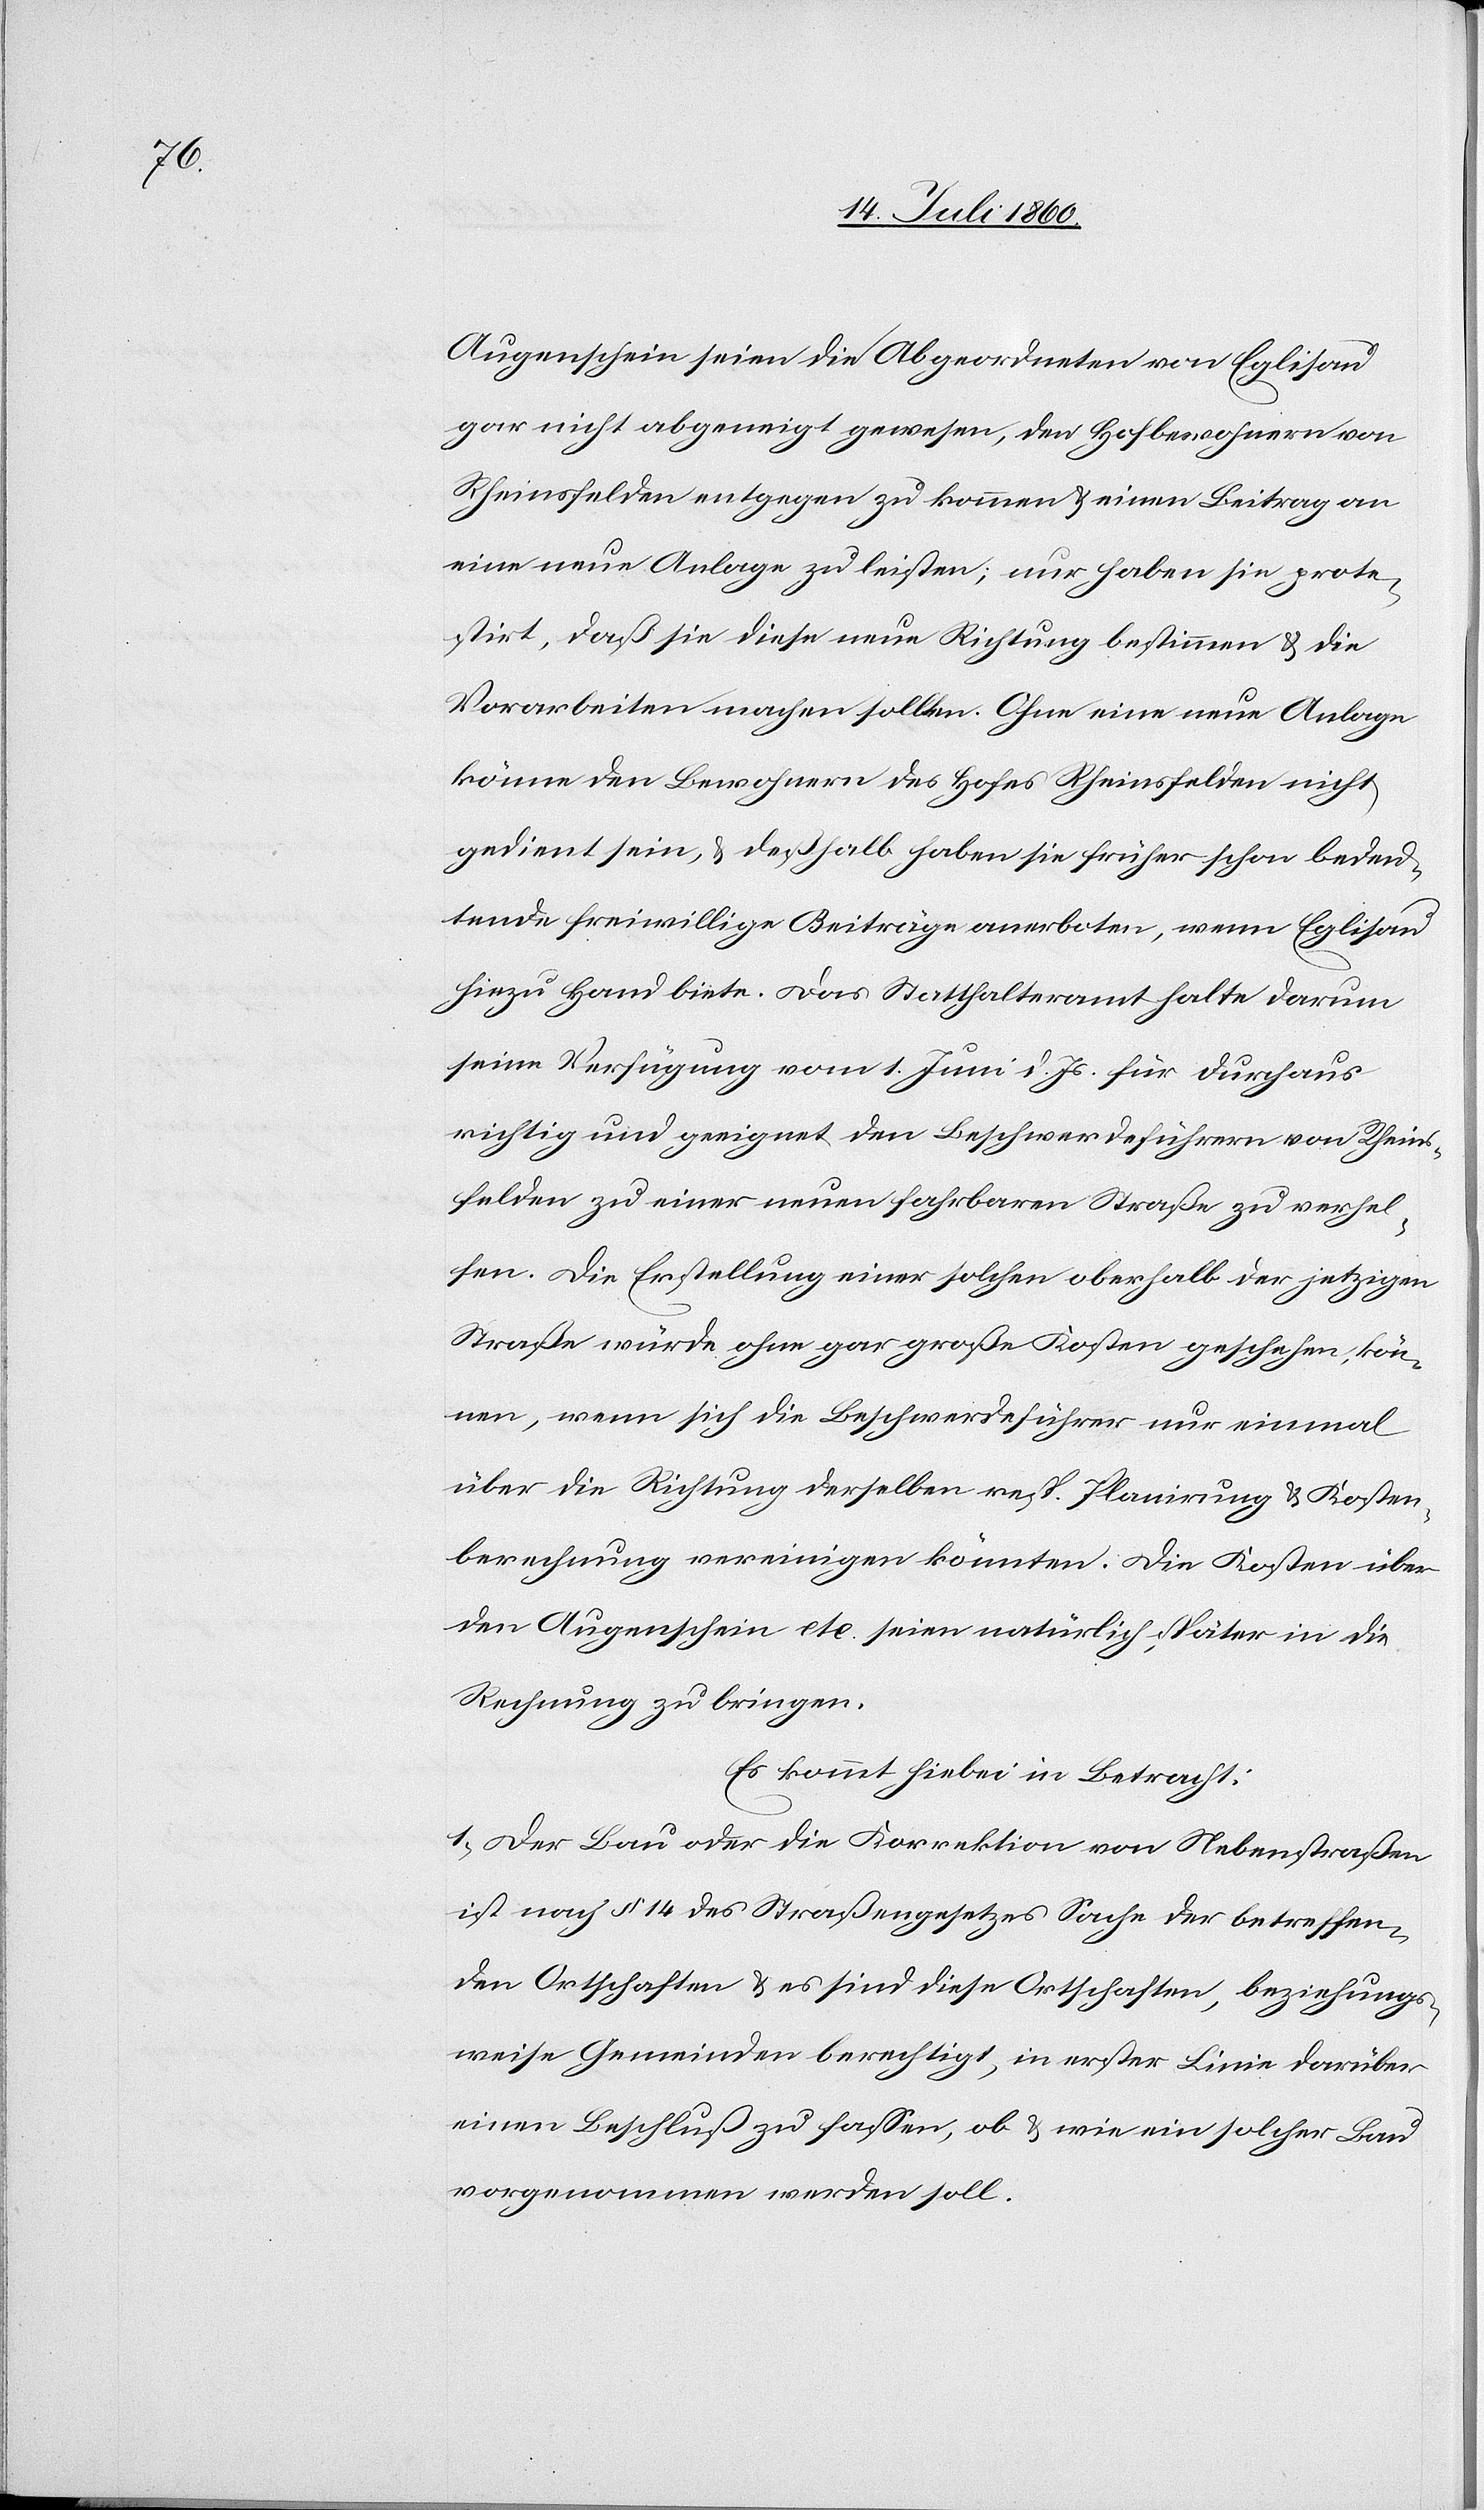
Augenschein seien die Abgeordneten von Eglisau
gar nicht abgeneigt gewesen, den Hofbewohnern von
Rheinsfelden entgegen zu kommen & einen Beitrag an
eine neue Anlage zu leisten; nur haben sie prote¬
stirt, daß sie diese neue Richtung bestimmen & die
Vorarbeiten machen sollten. Ohne eine neue Anlage
könne den Bewohnern des Hofes Rheinsfelden nicht
gedient sein, & deßhalb haben sie früher schon bedeu¬
tende freiwillige Beiträge anerboten, wenn Eglisau
hiezu Hand biete. Das Statthalteramt halte darum
seine Verfügung vom 1. Juni d. Js. für durchaus
richtig und geeignet den Beschwerdeführern von Rhein¬
sfelden zu einer neuen fahrbaren Straße zu verhel¬
fen. Die Erstellung einer solchen oberhalb der jetzigen
Straße würde ohne gar große Kosten geschehen kön¬
nen, wenn sich die Beschwerdeführer nur einmal
über die Richtung derselben resp. Planirung & Kosten¬
berechnung vereinigen könnten. Die Kosten über
den Augenschein etc. seien natürlich später in die
Rechnung zu bringen.
Es kommt hiebei in Betracht:
1) Der Bau oder die Korrektion von Nebenstraßen
ist nach § 14 des Straßengesetzes Sache der betreffen¬
den Ortschaften & es sind diese Ortschaften, beziehungs¬
weise Gemeinden berechtigt, in erster Linie darüber
einen Beschluß zu fassen, ob & wie ein solcher Bau
vorgenommen werden soll.